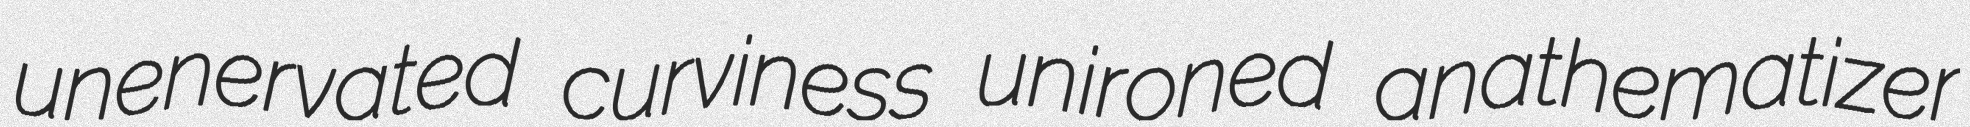
unenervated curviness unironed anathematizer